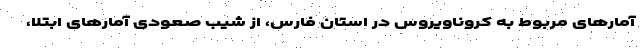
آمارهای مربوط به کروناویروس در استان فارس، از شیب صعودی آمارهای ابتلا،